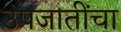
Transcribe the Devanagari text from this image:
उपजातींचा